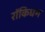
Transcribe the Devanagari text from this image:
रॉकिघम